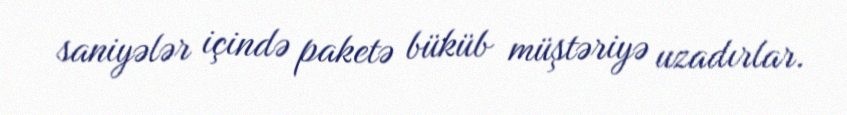
saniyələr içində paketə büküb müştəriyə uzadırlar.